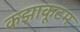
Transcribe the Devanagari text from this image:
कझाकूटम